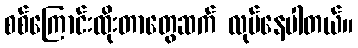
စစ်ကြောင်းထိုးတာတွေဆက် လုပ်နေပါတယ်။